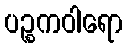
ပဉ္စကဝါရော